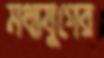
মধ্যযুগের